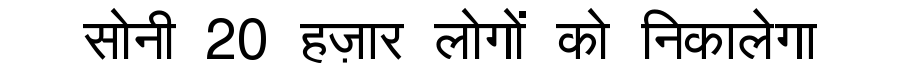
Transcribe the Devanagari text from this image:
सोनी 20 हज़ार लोगों को निकालेगा